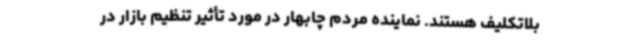
بلاتکلیف هستند. نماینده مردم چابهار در مورد تأثیر تنظیم بازار در